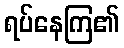
ရပ်နေကြ၏